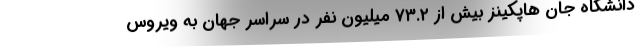
دانشگاه جان هاپکینز بیش از ۷۳.۲ میلیون نفر در سراسر جهان به ویروس